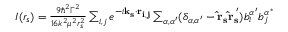
\begin{array} { r } { I ( r _ { s } ) = \frac { 9 \hbar ^ { 2 } \Gamma ^ { 2 } } { 1 6 k ^ { 2 } \mu ^ { 2 } r _ { s } ^ { 2 } } \sum _ { i , j } e ^ { - i \mathbf { k _ { s } } \cdot \mathbf { r _ { i , j } } } \sum _ { \alpha , \alpha ^ { \prime } } ( \delta _ { \alpha , \alpha ^ { \prime } } - \mathbf { \hat { r } _ { s } ^ { \alpha } \hat { r } _ { s } ^ { \alpha ^ { \prime } } } ) b _ { i } ^ { \alpha ^ { \prime } } b _ { j } ^ { \alpha ^ { * } } } \end{array}